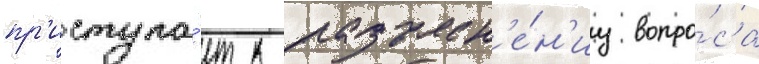
пр'иступа́ет к разъясн'е́н'иу вопро́са